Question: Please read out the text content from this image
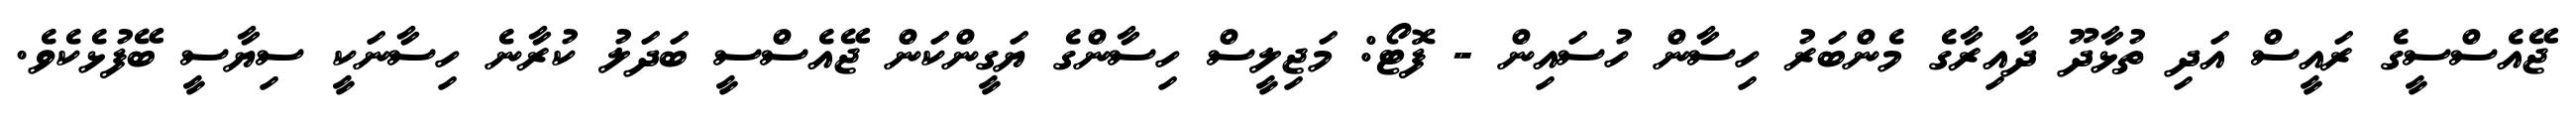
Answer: ޖޭއެސްސީގެ ރައީސް އަދި ތުޅާދޫ ދާއިރާގެ މެންބަރު ހިސާން ހުސައިން - ފޮޓޯ: މަޖިލީސް ހިސާންގެ ޔަގީންކަން ޖޭއެސްސީ ބަދަލު ކުރާނެ ހިސާނަކީ ސިޔާސީ ބޭފުޅެކެވެ.